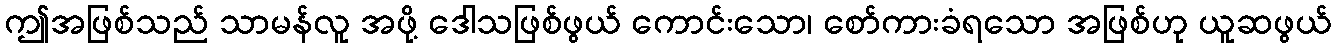
ဤအဖြစ်သည် သာမန်လူ အဖို့ ဒေါသဖြစ်ဖွယ် ကောင်းသော၊ စော်ကားခံရသော အဖြစ်ဟု ယူဆဖွယ်